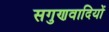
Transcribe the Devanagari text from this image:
सगुणवादियों